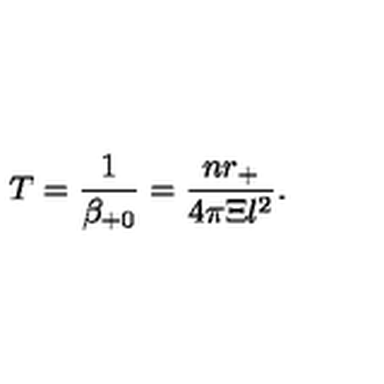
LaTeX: T = \frac 1 { \beta _ { + 0 } } = \frac { n r _ { + } } { 4 \pi \Xi l ^ { 2 } } .